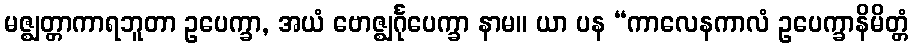
မဇ္ဈတ္တာကာရဘူတာ ဥပေက္ခာ, အယံ ဗောဇ္ဈင်္ဂုပေက္ခာ နာမ။ ယာ ပန “ကာလေနကာလံ ဥပေက္ခာနိမိတ္တံ